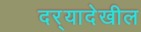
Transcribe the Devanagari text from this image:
दर्‍यादेखील